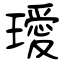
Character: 璦